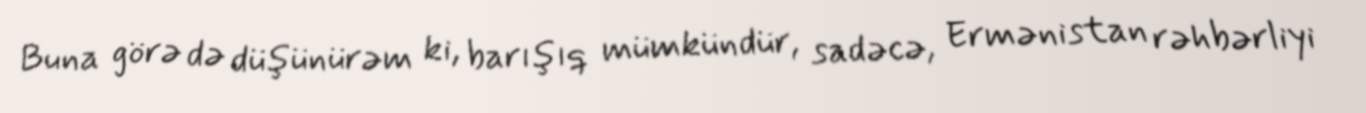
Buna görə də düşünürəm ki, barışıq mümkündür, sadəcə, Ermənistan rəhbərliyi